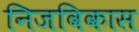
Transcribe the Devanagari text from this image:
निजविकास